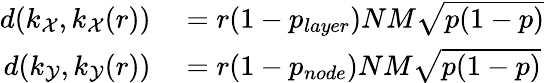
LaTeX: \begin{array}{rl}{d(k_{\mathcal{X}},k_{\mathcal{X}}(r))}&{{}=r(1-p_{layer})NM\sqrt{p(1-p)}}\\ {d(k_{\mathcal{Y}},k_{\mathcal{Y}}(r))}&{{}=r(1-p_{node})NM\sqrt{p(1-p)}}\end{array}